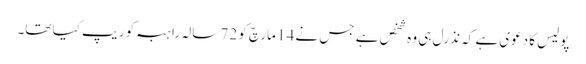
پولیس کا دعوی ہے کہ نذرل ہی وہ شخص ہے جس نے 14 مارچ کو 72 سالہ راہبہ کو ریپ کیا تھا۔